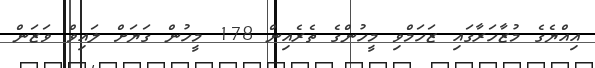
އިއްޔެގެ މުޒާހަރާގައި ޒަހަމްވި މީހުންގެ ތެރެއިން 178 މީހުން ގަޔަށް ލައިވް ވަޒަން